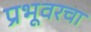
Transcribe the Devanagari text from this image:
प्रभूवरचा